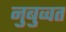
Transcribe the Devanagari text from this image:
नुबुव्वत